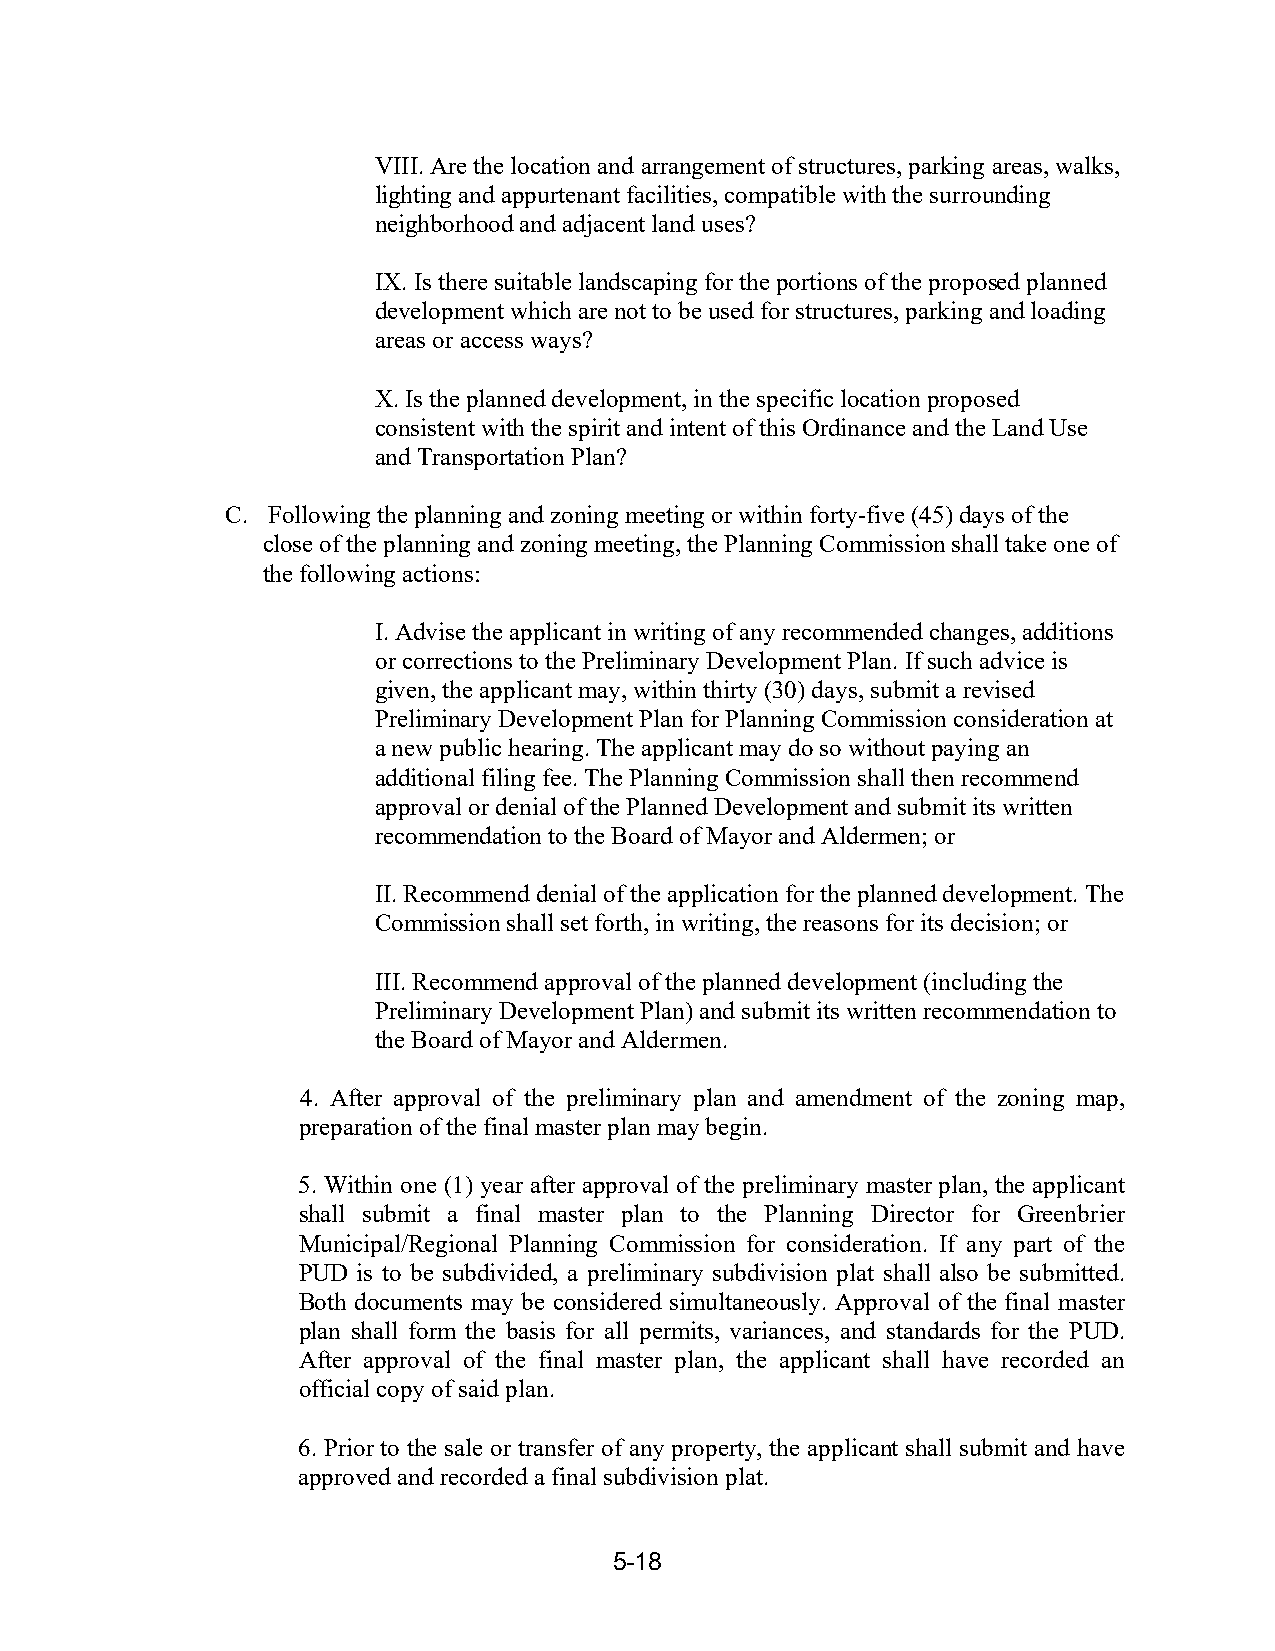
VIII. Are the location and arrangement of structures, parking areas, walks,
 lighting and appurtenant facilities, compatible with the surrounding
 neighborhood and adjacent land uses?
 IX. Is there suitable landscaping for the portions of the proposed planned
 development which are not to be used for structures, parking and loading
 areas or access ways?
 X. Is the planned development, in the specific location proposed
 consistent with the spirit and intent of this Ordinance and the Land Use
 and Transportation Plan?
 C. Following the planning and zoning meeting or within forty-five (45) days of the
 close of the planning and zoning meeting, the Planning Commission shall take one of
 the following actions:
 I. Advise the applicant in writing of any recommended changes, additions
 or corrections to the Preliminary Development Plan. If such advice is
 given, the applicant may, within thirty (30) days, submit a revised
 Preliminary Development Plan for Planning Commission consideration at
 a new public hearing. The applicant may do so without paying an
 additional filing fee. The Planning Commission shall then recommend
 approval or denial of the Planned Development and submit its written
 recommendation to the Board of Mayor and Aldermen; or
 II. Recommend denial of the application for the planned development. The
 Commission shall set forth, in writing, the reasons for its decision; or
 III. Recommend approval of the planned development (including the
 Preliminary Development Plan) and submit its written recommendation to
 the Board of Mayor and Aldermen.
 4. After approval of the preliminary plan and amendment of the zoning map,
 preparation of the final master plan may begin.
 5. Within one (1) year after approval of the preliminary master plan, the applicant
 shall submit a final master plan to the Planning Director for Greenbrier
 Municipal/Regional Planning Commission for consideration. If any part of the
 PUD is to be subdivided, a preliminary subdivision plat shall also be submitted.
 Both documents may be considered simultaneously. Approval of the final master
 plan shall form the basis for all permits, variances, and standards for the PUD.
 After approval of the final master plan, the applicant shall have recorded an
 official copy of said plan.
 6. Prior to the sale or transfer of any property, the applicant shall submit and have
 approved and recorded a final subdivision plat.
 5-18